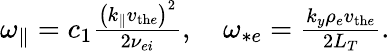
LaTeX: \begin{array}{r}{{\omega_{\parallel}}=c_{1}\frac{\left(k_{\parallel}v_{\mathrm{th}e}\right)^{2}}{2\nu_{ei}},\quad\omega_{*e}=\frac{k_{y}\rho_{e}v_{\mathrm{th}e}}{2L_{T}}.}\end{array}